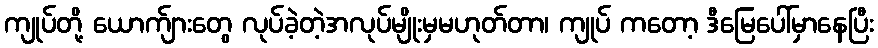
ကျုပ်တို့ ယောက်ျားတွေ လုပ်ခဲ့တဲ့အလုပ်မျိုးမှမဟုတ်တာ၊ ကျုပ် ကတော့ ဒီမြေပေါ်မှာနေပြီး